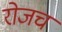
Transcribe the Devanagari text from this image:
रोजचं